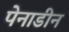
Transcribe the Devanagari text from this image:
पेनाडीन